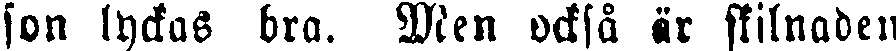
son lyckas bra. Men också är skilnaden